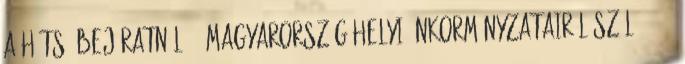
a hátsó bejáratnál. – Magyarország helyi önkormányzatairól szóló 2011.